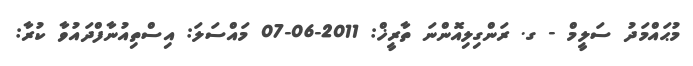
މުޙައްމަދު ސަލީމް - ގ. ރަންގިލިއޮންނަ ތާރީޚް: 2011-06-07 މައްސަލަ: އިސްތިއުނާފްދައުވާ ކުރާ: